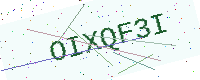
Text: OIXQF3I